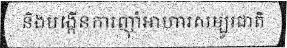
និងបង្កើនការញ៉ាំអាហារសម្បូរជាតិ